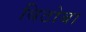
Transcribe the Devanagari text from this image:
बिठोबा